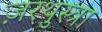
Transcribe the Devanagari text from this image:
ज़रथुस्त्रा